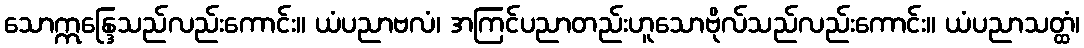
သောဣန္ဒြေသည်လည်းကောင်း။ ယံပညာဗလံ၊ အကြင်ပညာတည်းဟူသောဗိုလ်သည်လည်းကောင်း။ ယံပညာသတ္ထံ၊